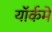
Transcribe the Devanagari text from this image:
यॉर्कमें